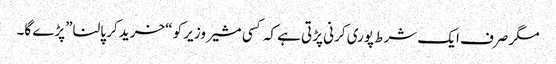
مگر صرف ایک شرط پوری کرنی پڑتی ہے کہ کسی مشیر وزیر کو “خرید کر پالنا”پڑے گا۔